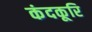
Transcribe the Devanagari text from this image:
कंदकूरि